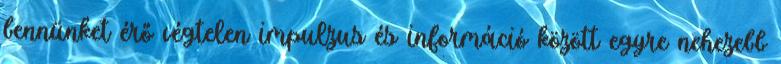
bennünket érő végtelen impulzus és információ között egyre nehezebb